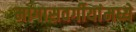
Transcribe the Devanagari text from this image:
मागासवर्गीयांमध्ये